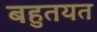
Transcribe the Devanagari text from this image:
बहुतयत